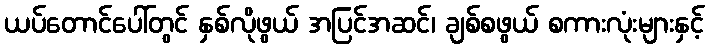
ယပ်တောင်ပေါ်တွင် နှစ်လိုဖွယ် အပြင်အဆင်၊ ချစ်စဖွယ် စကားလုံးများနှင့်